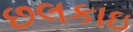
છલકાઇ